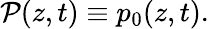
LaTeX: \mathcal{P}(z,t)\equiv p_{0}(z,t).